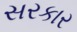
સરકાર